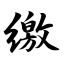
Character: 缴